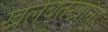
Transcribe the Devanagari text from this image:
खलबतखाना